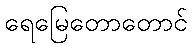
ရေမြေတောတောင်